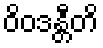
ဝိဝဒန္တီတိ